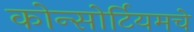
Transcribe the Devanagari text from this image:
कोन्सोर्टियमचे